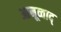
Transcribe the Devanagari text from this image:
आनूव्वाद्